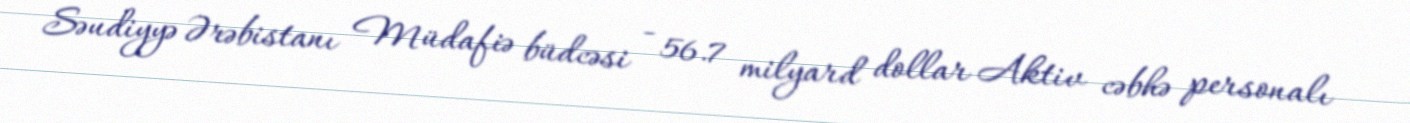
Səudiyyə Ərəbistanı Müdafiə büdcəsi - 56.7 milyard dollar Aktiv cəbhə personalı